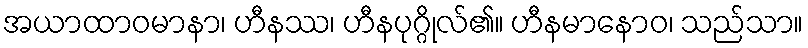
အယာထာဝမာနာ၊ ဟီနဿ၊ ဟီနပုဂ္ဂိုလ်၏။ ဟီနမာနောဝ၊ သည်သာ။